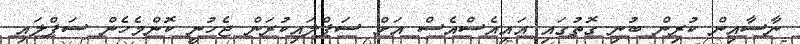
ނާސާއިން ކުރިން ބުނި ގޮތުގައި އައިއެސްއެސް އަށް ސަޕްލައިކުރަން ޖެހުނީ ކޮންމެހެން ސަޕްލައި